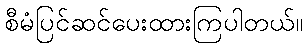
စီမံပြင်ဆင်ပေးထားကြပါတယ်။